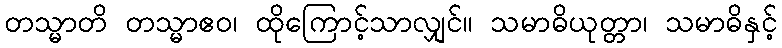
တသ္မာတိ တသ္မာဧဝ၊ ထိုကြောင့်သာလျှင်။ သမာဓိယုတ္တာ၊ သမာဓိနှင့်